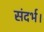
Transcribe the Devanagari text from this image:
संदर्भ।